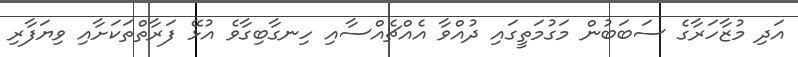
އަދި މުޒާހަރާގެ ސަބަބުން މަގުމަތީގައި ދުއްވާ އެއްޗެއްސާއި ހިނގާބިގާވެ އުޅޭ ފަރާތްތަކަށާއި ވިޔަފާރި